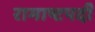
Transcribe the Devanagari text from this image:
रामाष्टपदी